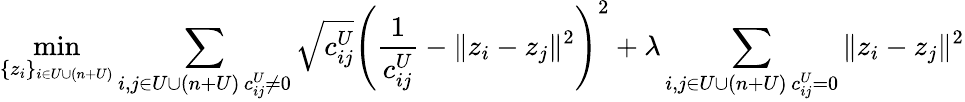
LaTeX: \operatorname*{min}_{\{ z_{i}\} _{i\in U\cup(n+U)}}\sum_{\substack{i,j\in U\cup(n+U)\, c_{ij}^{U}\neq 0}}\sqrt{c_{ij}^{U}}\left(\frac{1}{c_{ij}^{U}}-\| z_{i}-z_{j}\| ^{2}\right)^{2}+\lambda\sum_{\substack{i,j\in U\cup(n+U)\, c_{ij}^{U}=0}}\| z_{i}-z_{j}\| ^{2}